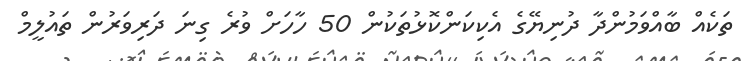
ތަކެއް ބާއްވަމުންދާ ދުނިޔޭގެ އެކިކަންކޮޅުތަކުން 50 ހާހަށް ވުރެ ގިނަ ދަރިވަރުން ތައުލީމް